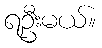
ရဦးမယ်။